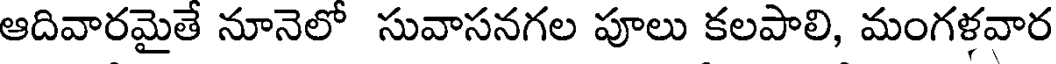
ఆదివారమైతే నూనెలో సువాసనగల పూలు కలపాలి, మంగళవార